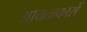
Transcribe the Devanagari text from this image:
आयताकारों